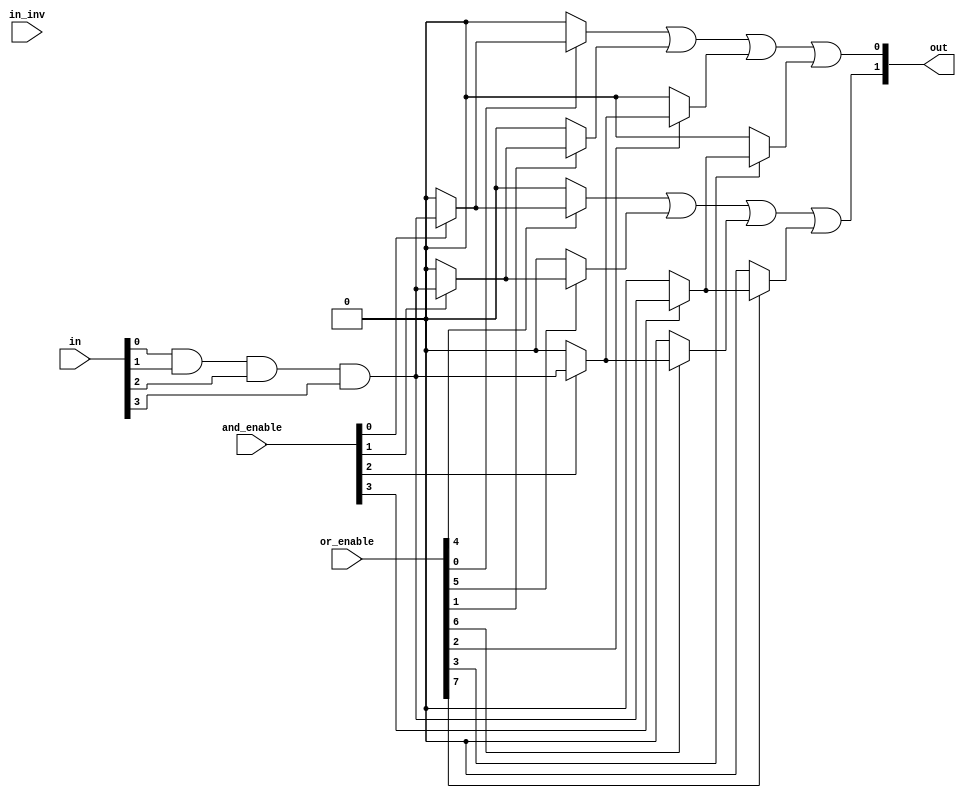
module PLA #(
    parameter N = 4, // Number of inputs
    parameter M = 2, // Number of outputs
    parameter P = 4  // Number of product terms (AND gates)
)(
    input  [N-1:0] in,           // Inputs
    input  [N-1:0] in_inv,       // Inverted inputs
    input  [P-1:0] and_enable,    // Enable for each AND gate
    input  [M*P-1:0] or_enable,   // Enable for each OR gate
    output [M-1:0] out           // Outputs
);

// Intermediate signals for product terms
wire [P-1:0] product_terms [0:P-1];

// AND Plane: Define the product terms based on inputs
genvar i, j;
generate
    for (i = 0; i < P; i = i + 1) begin : and_plane
        assign product_terms[i] = 
            (and_enable[i]) ? (in[0] & in[1] & in[2] & in[3]) : 1'b0; // Example: AND all inputs
    end
endgenerate

// OR Plane: Combine the product terms to generate outputs
genvar k;
generate
    for (k = 0; k < M; k = k + 1) begin : or_plane
        assign out[k] = (or_enable[k*P + 0] ? product_terms[0] : 1'b0) |
                        (or_enable[k*P + 1] ? product_terms[1] : 1'b0) |
                        (or_enable[k*P + 2] ? product_terms[2] : 1'b0) |
                        (or_enable[k*P + 3] ? product_terms[3] : 1'b0);
    end
endgenerate

endmodule